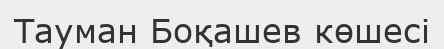
Тауман Боқашев көшесі